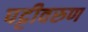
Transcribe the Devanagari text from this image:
पट्टीवरुण